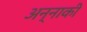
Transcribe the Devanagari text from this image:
अन्नाकी